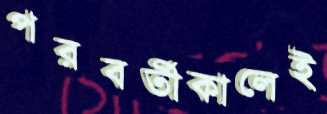
পরবর্তীকালেই